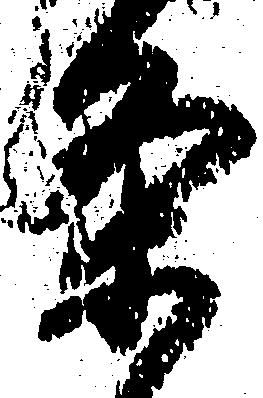
条